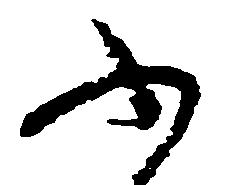
ふ